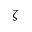
\zeta